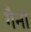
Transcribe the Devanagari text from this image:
गैनां